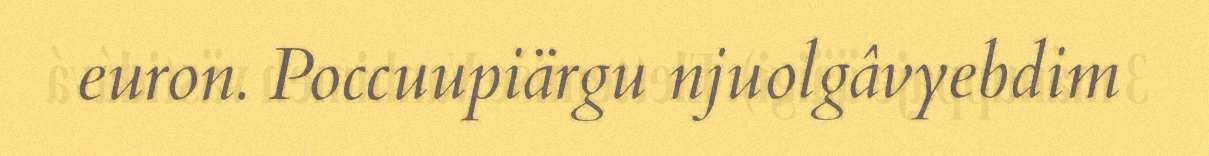
euron. Poccuupiärgu njuolgâvyebdim